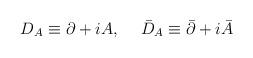
LaTeX: \begin{align*}D_A\equiv\partial+iA,\hskip 15pt \bar D_A\equiv\bar\partial+i\bar A\end{align*}